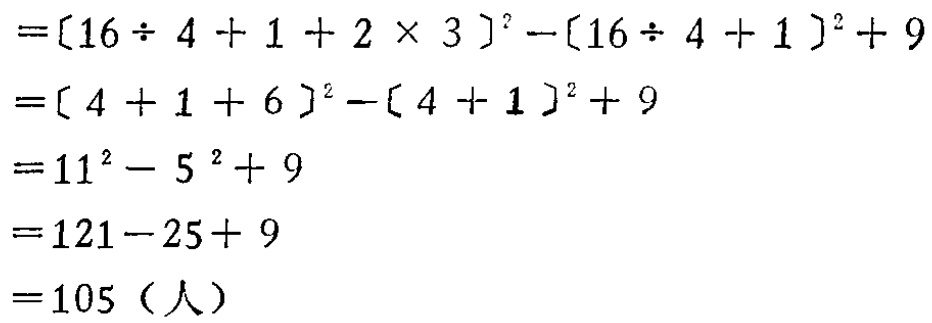
\[

\begin{align*}

&=(16\div 4 + 1 + 2\times 3)^2-(16\div 4 + 1)^2 + 9\\

&=(4 + 1 + 6)^2-(4 + 1)^2 + 9\\

&=11^2 - 5^2+ 9\\

&=121-25 + 9\\

&=105（人）

\end{align*}

\]